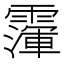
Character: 𩅴